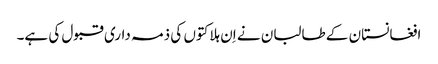
افغانستان کے طالبان نے اِن ہلاکتوں کی ذمہ داری قبول کی ہے۔